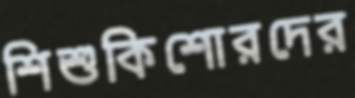
শিশুকিশোরদের